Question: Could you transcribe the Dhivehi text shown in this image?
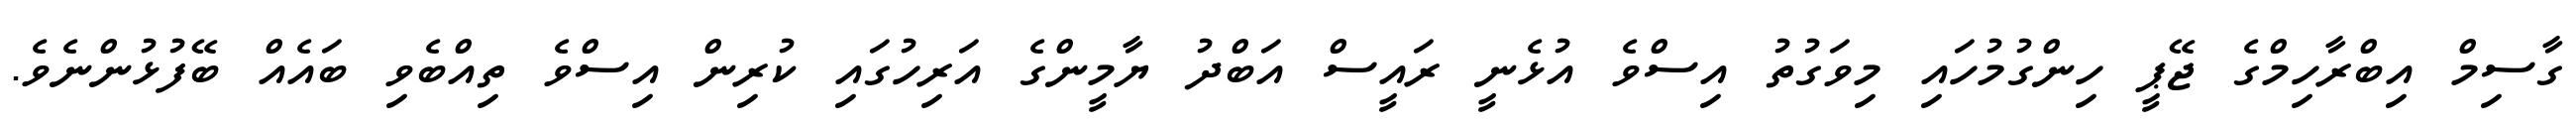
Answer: ގާސިމް އިބްރާހިމްގެ ޖޭޕީ ހިންގުމުހައި މިވަގުތު އިސްވެ އުޅެނީ ރައީސް އަބްދު ޔާމީންގެ އަރިހުގައި ކުރިން އިސްވެ ތިއްބެވި ބައެއް ބޭފުޅުންނެވެ.